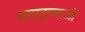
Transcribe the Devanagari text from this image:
अयातुल्लाओं